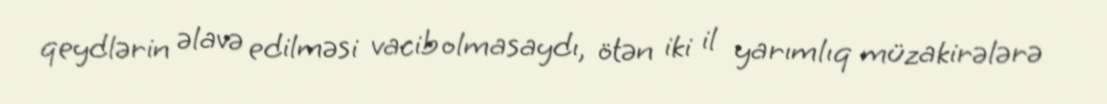
qeydlərin əlavə edilməsi vacib olmasaydı, ötən iki il yarımlıq müzakirələrə